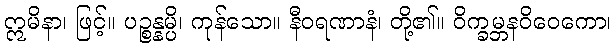
ဣမိနာ၊ ဖြင့်။ ပဉ္စန္နမ္ပိ၊ ကုန်သော။ နီဝရဏာနံ၊ တို့၏။ ဝိက္ခမ္ဘနဝိဝေကော၊